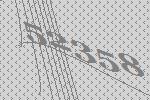
52358